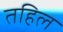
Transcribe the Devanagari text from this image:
तहिल